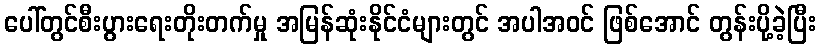
ပေါ်တွင်စီးပွားရေးတိုးတက်မှု အမြန်ဆုံးနိုင်ငံများတွင် အပါအဝင် ဖြစ်အောင် တွန်းပို့ခဲ့ပြီး